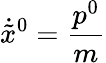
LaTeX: \dot{\tilde{x}}{}^{0}=\frac{p^{0}}{m}